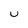
Character: U